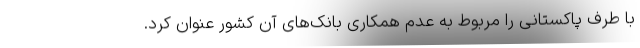
با طرف پاکستانی را مربوط به عدم همکاری بانک‌های آن کشور عنوان کرد.